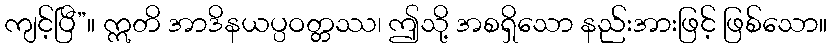
ကျင့်ပြီ”။ ဣတိ အာဒိနယပ္ပဝတ္တဿ၊ ဤသို့ အစရှိသော နည်းအားဖြင့် ဖြစ်သော။